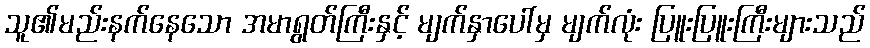
သူ၏မည်းနက်နေသော အမာရွတ်ကြီးနှင့် မျက်နှာပေါ်မှ မျက်လုံး ပြူးပြူးကြီးများသည်